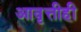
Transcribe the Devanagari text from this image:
आवृत्तीही